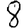
Digit: 8